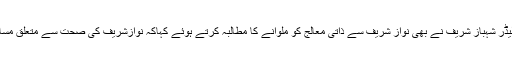
بھتیجی کے ٹویٹ کے بعد اپوزیشن لیڈر شہباز شریف نے بھی نواز شریف سے ذاتی معالج کو ملوانے کا مطالبہ کرتے ہوئے کہاکہ نوازشریف کی صحت سے متعلق مسائل بڑھے تو حکومت ذمہ دار ہوگی۔